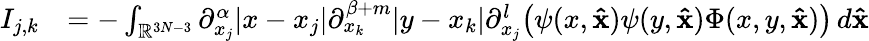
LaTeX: \begin{array}{rl}{I_{j,k}}&{=-\int_{\mathbb{R}^{3N-3}}\partial_{x_{j}}^{\alpha}|x-x_{j}|\partial_{x_{k}}^{\beta+m}|y-x_{k}|\partial_{x_{j}}^{l}\big(\psi(x,\mathbf{\hat{x}})\psi(y,\mathbf{\hat{x}})\Phi(x,y,\mathbf{\hat{x}})\big)\, d\mathbf{\hat{x}}}\end{array}